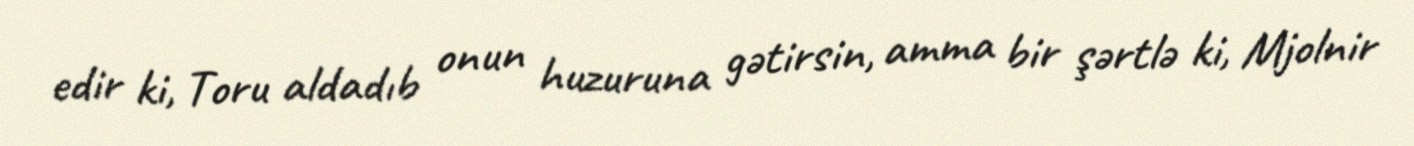
edir ki, Toru aldadıb onun huzuruna gətirsin, amma bir şərtlə ki, Mjolnir